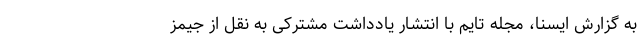
به گزارش ایسنا، مجله تایم با انتشار یادداشت مشترکی به نقل از جیمز